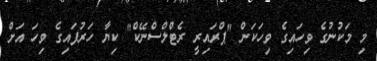
މި މަކުނުގެ ވިހައިގެ ވިހަކަން "ޕްރައިރީ ރެޓްލްސްނޭކް" ކިޔާ ހަރުފައިގެ ވިހަ އަށް